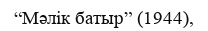
“Мәлік батыр” (1944),